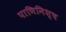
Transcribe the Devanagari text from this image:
पाणिनिश्च